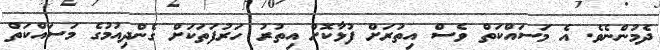
ދެމުންނެވެ. އެ މަސައްކަތް ވެސް އިތުރަށް ފުޅާކޮށް އިތުރު ހަރުފަތަކަށް ގެންދިއުމުގެ މަސައްކަތް